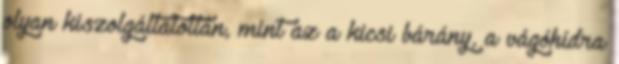
olyan kiszolgáltatottan, mint az a kicsi bárány, a vágóhídra